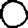
Digit: 0